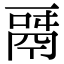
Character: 𩰬